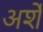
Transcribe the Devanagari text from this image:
अर्शे